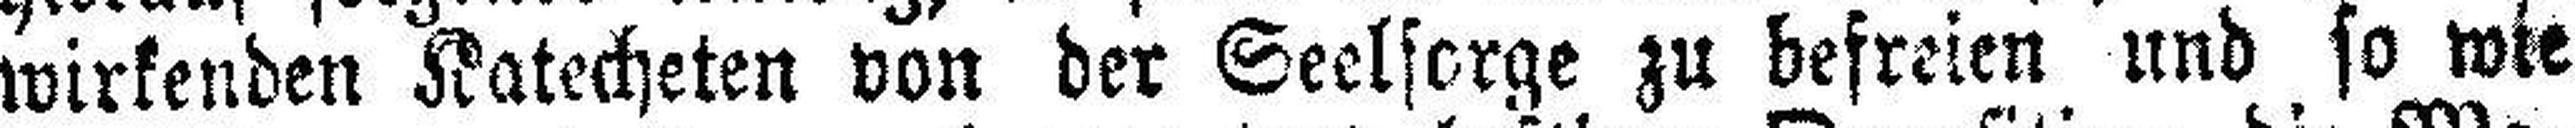
wirkenden Katecheten von der Seelsorge zu befreien und so wie